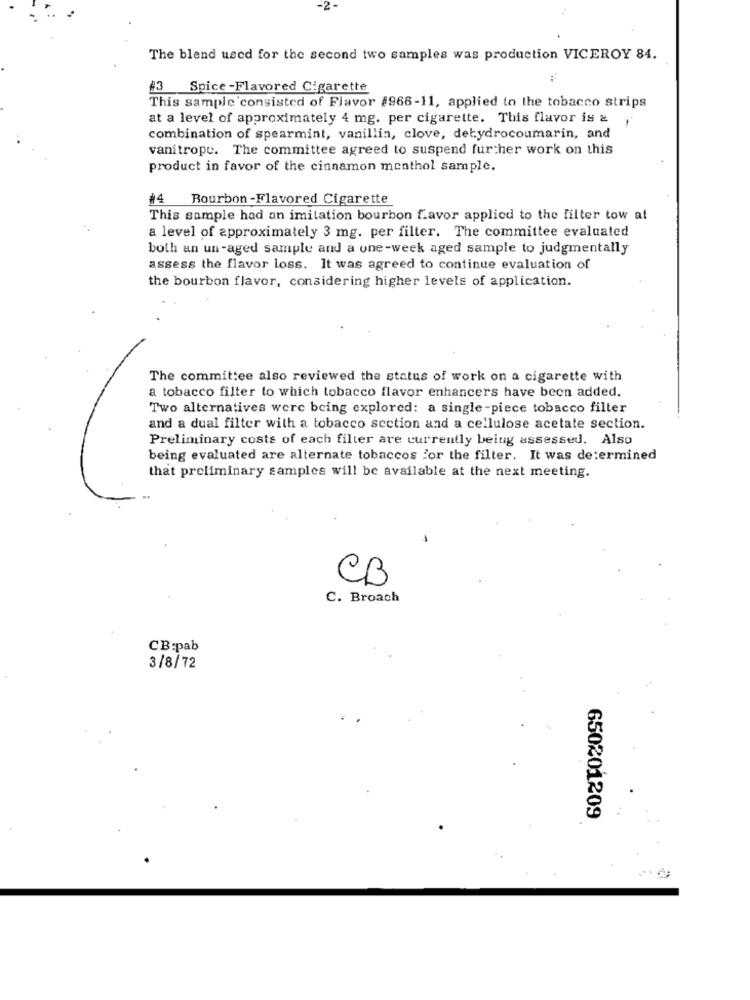
-2-
The blend used for the second two samples was production VICEROY 84.
#3 Spice-Flavored Cigarette
This sample consisted of Flavor #966-11, applied to the tobacco strips
at a level of approximately 4 mg. per cigarette. This flavor is a
combination of spearmint, vanillin, clove, detydrocoumarin, and
vanitrope. The committee agreed to suspend further work on this
product in favor of the cinnamon menthol sample.
#4 Bourbon-Flavored Cigarette
This sample had an imitation bourbon favor applied to the filter tow at
a level of approximately 3 mg. per filter. The committee evaluated
both an un-aged sample and a une-week aged sample to judgmentally
assess the flavor loss. It was agreed to continue evaluation of
the bourbon flavor, considering higher levels of application.
The committee also reviewed the status of work on a cigarette with
a tobacco filter to which tobacco flavor enhancers have been added.
Two alternatives were being explored: a single -piece tobacco filter
and a dual filter with a tobacco section and a cellulose acetate section.
Preliminary costs of each filter are currently being assessed. Also
being evaluated are alternate tobaccos For the filter. It was determined
that preliminary samples will be available at the next meeting.
CB
C. Broach
CB:pab
3/8/72
650201209